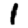
Digit: 1